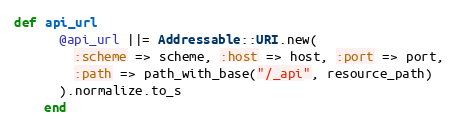
Language: Ruby
def api_url
      @api_url ||= Addressable::URI.new(
        :scheme => scheme, :host => host, :port => port,
        :path => path_with_base("/_api", resource_path)
      ).normalize.to_s
    end